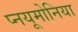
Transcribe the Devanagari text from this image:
प्नयूमोनिया